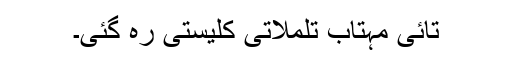
تائی مہتاب تلملاتی کلیستی رہ گئی۔